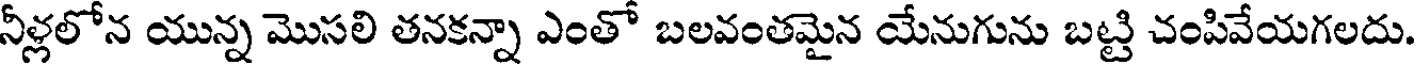
నీళ్లలోన యున్న మొసలి తనకన్నా ఎంతో బలవంతమైన యేనుగును బట్టి చంపివేయగలదు.